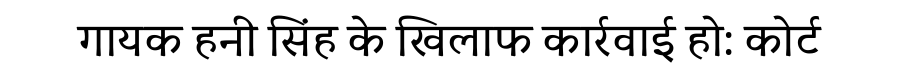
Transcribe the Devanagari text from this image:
गायक हनी सिंह के खिलाफ कार्रवाई हो: कोर्ट